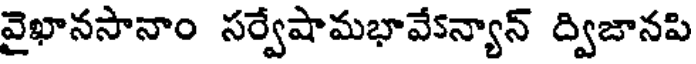
వైఖానసానాం సర్వేషామభావేకన్యాన్ ద్విజానపి